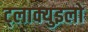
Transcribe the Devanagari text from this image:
ट्लाक्युइलो